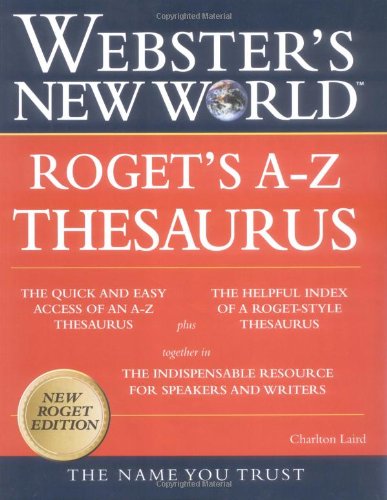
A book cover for Webster's New World Thesaurus; Charlton Laird; Reference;